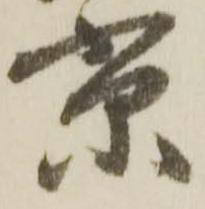
京